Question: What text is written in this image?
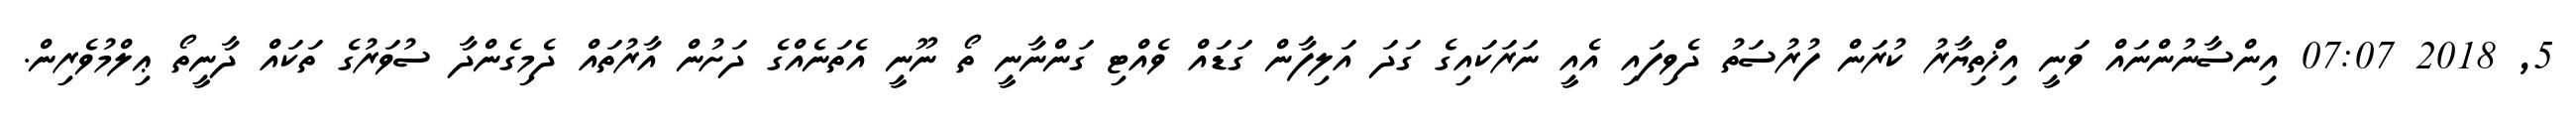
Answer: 5, 2018 07:07 އިންސާނުންނައް ވަނީ އިޚްތިޔާރު ކުރަން ފުރުސަތު ދެވިފައި އެއީ ނަރަކައިގެ ގަދަ އަލިފާން ގަޑައް ވެއްޓި ގަންނާނީ ތޯ ނޫނީ އެތަނެއްގެ ދަށުން އާރުތައް ދެމިގެންދާ ސުވަރުގެ ތަކައް ދާނީތޯ ޢިލްމުވެރިން.